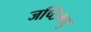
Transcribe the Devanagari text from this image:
जष्टिमधु